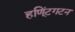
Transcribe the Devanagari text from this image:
हणि्ंटगटन